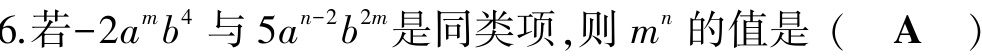
6.若\(-2a^{m}b^{4}\)与\(5a^{n - 2}b^{2m}\)是同类项，则\(m^{n}\)的值是（  A  ）